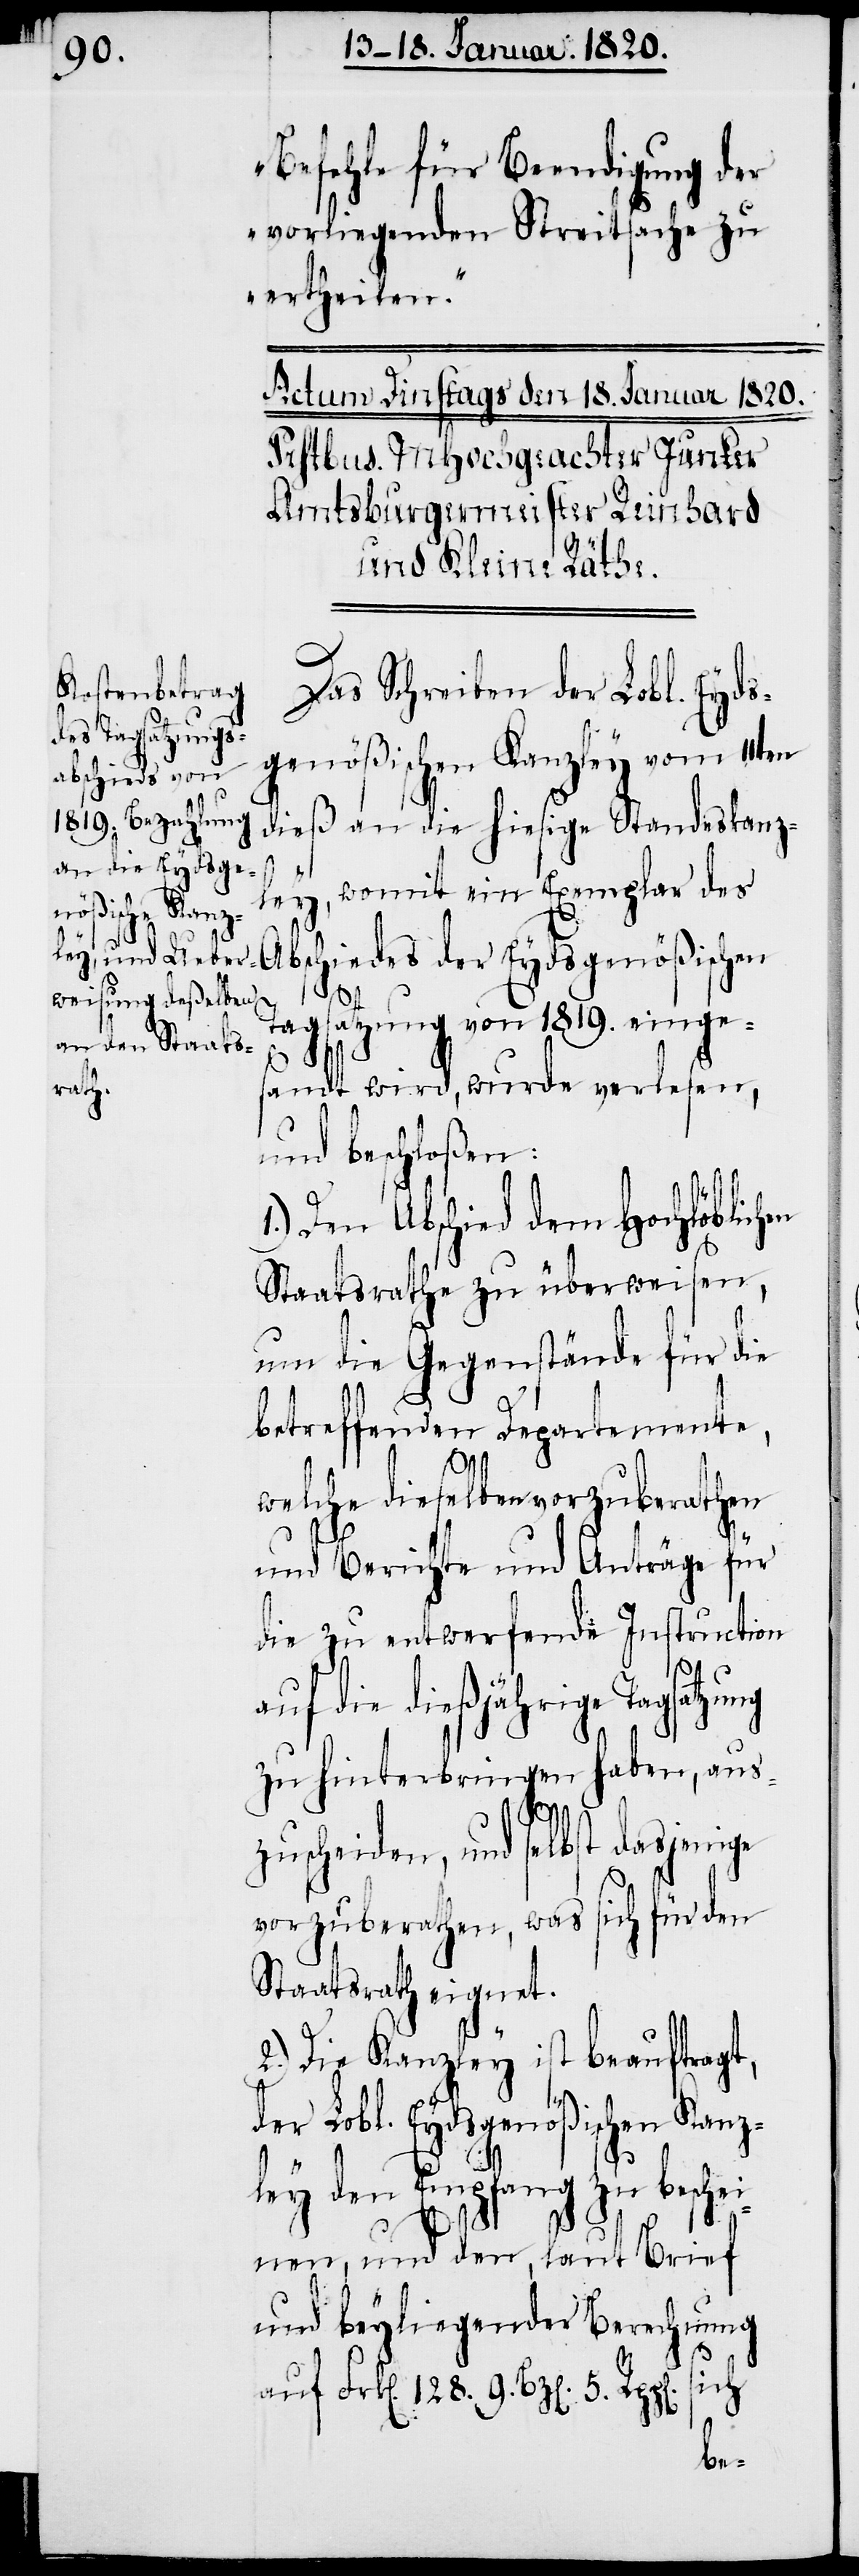
Befehle für Beendigung der
vorliegenden Streitsache zu
ertheilen.“
Das Schreiben der Lobl. Eyds¬
genößischen Kanzley vom 11ten
dieß an die hiesige Standeskanz¬
ley, womit ein Exemplar des
Abschiedes der Eydsgenößischen
Tagsatzung von 1819. einge¬
sandt wird, wurde verlesen,
und beschloßen:
1.) Den Abschied dem Hochlöblichen
Staatsrathe zu überweisen,
um die Gegenstände für die
betreffenden Departemente,
welche dieselben vorzuberathen
und Berichte und Anträge für
die zu entwerfende Instruction
auf die dießjährige Tagsatzung
zu hinterbringen haben, aus¬
zuscheiden, und selbst dasjenige
vorzuberathen, was sich für den
Staatsrath eignet.
2.) Die Kanzley ist beauftragt,
der Lobl. Eydsgenößischen Kanz¬
ley den Empfang zu besche¬
inen, und den, laut Brief
und beyliegender Berechnung
auf Frk[en]. 128. 9. Bz[en]. 5.